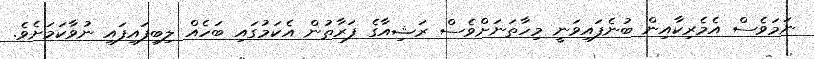
ނަމަވެސް އެމެރިކާއިން ބުނެފައިވަނީ މިހާތަނަށްވެސް ރަޝިއާގެ ފަރާތުން އެކަމުގައި ބަހެއް ލިބިފައިފައި ނުވާކަމަށެވެ.